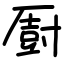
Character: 㕑